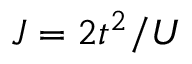
J = 2 t ^ { 2 } / U